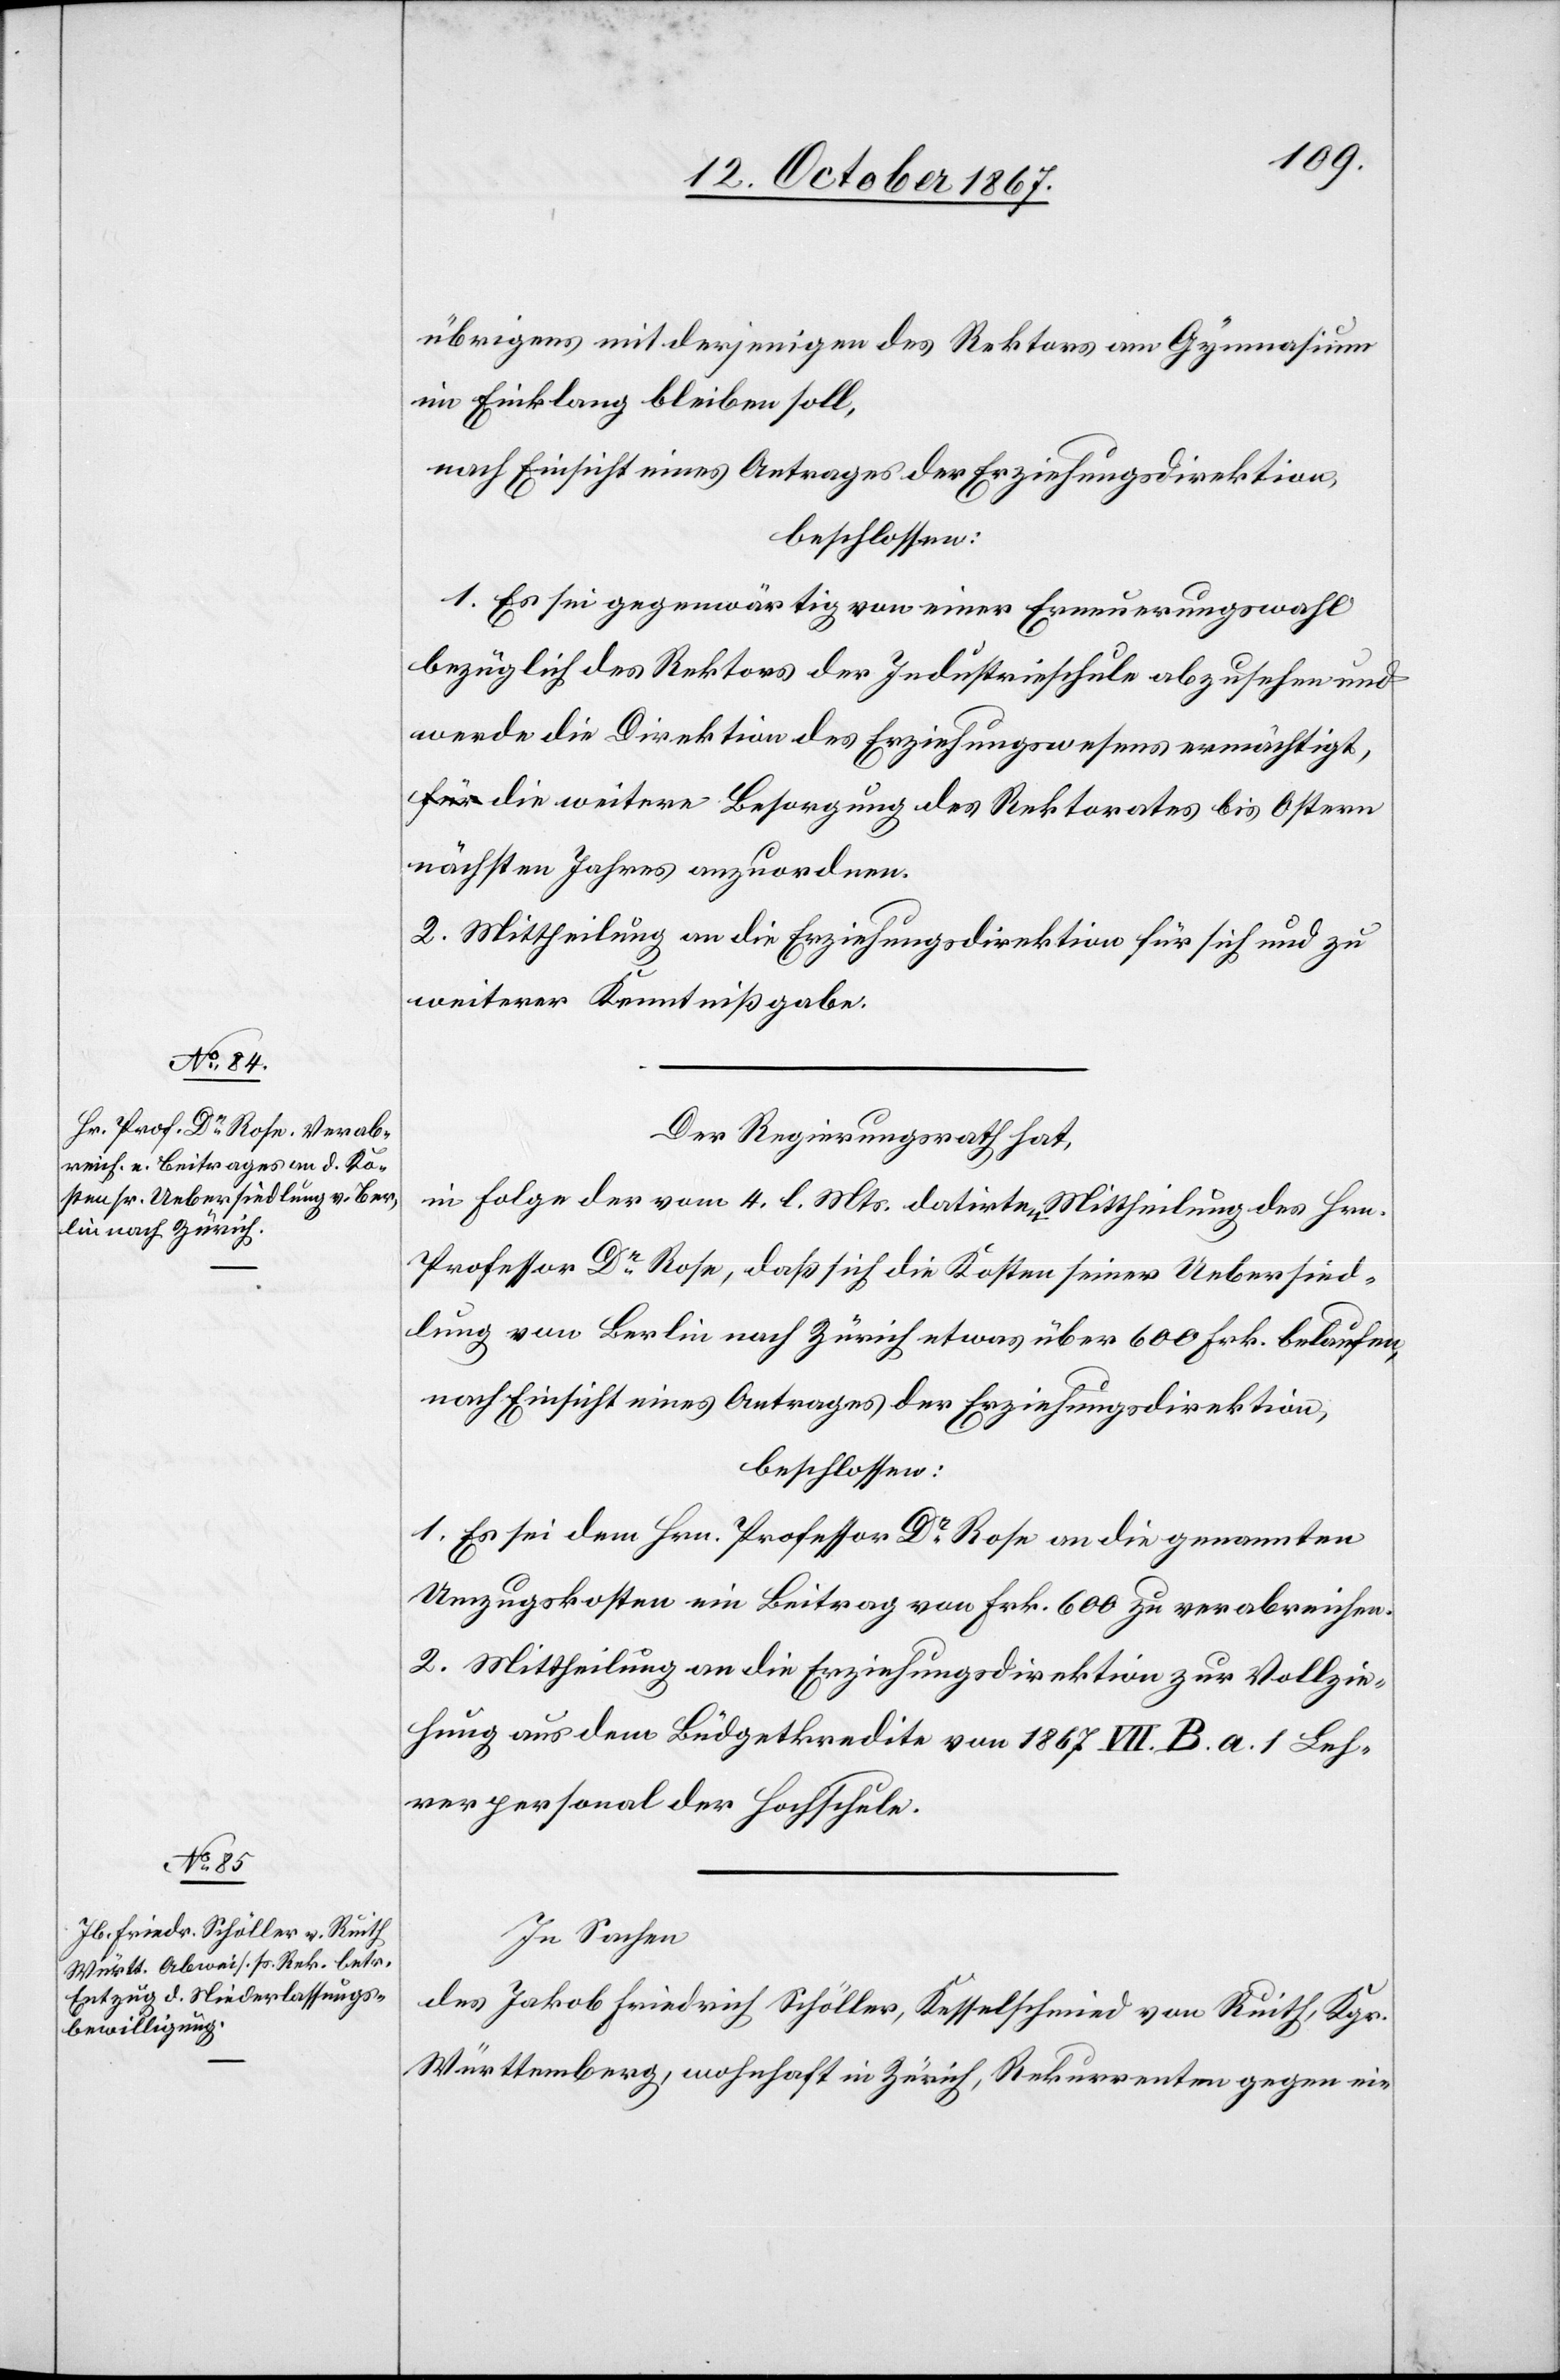
übrigens mit derjenigen des Rektors am Gymnasium
im Einklang bleiben soll,
nach Einsicht eines Antrages der Erziehungsdirektion,
beschlossen:
1. Es sei gegenwärtig von einer Erneuerungswahl
bezüglich des Rektors der Industrieschule abzusehen und
werde die Direktion des Erziehungswesens ermächtigt,
die weitere Besorgung des Rektorates bis Ostern
nächsten Jahres anzuordnen.
2. Mittheilung an die Erziehungsdirektion für sich und zu
weiterer Kenntnißgabe.
Der Regierungsrath hat,
in Folge der vom 4. l. Mts. datirten Mittheilung des Hrn.
Professor Dr Rose, daß sich die Kosten seiner Uebersied¬
lung von Berlin nach Zürich etwas über 600 Frk. belaufen,
nach Einsicht eines Antrages der Erziehungsdirektion,
beschlossen:
1. Es sei dem Hrn. Professor Dr Rose an die genannten
Umzugskosten ein Beitrag von Frk. 600 zu verabreichen.
2. Mittheilung an die Erziehungsdirektion zur Vollzie¬
hung aus dem Büdgetkredite von 1867 VII. B. a. 1 Leh¬
rpersonal der Hochschule.
In Sachen
des Jakob Friedrich Schöller, Kesselschmied von Ruith, Kgr.
Württemberg, wohnhaft in Zürich, Rekurrenten gegen ein-